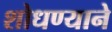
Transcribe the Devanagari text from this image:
शोधण्याने